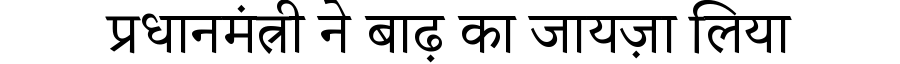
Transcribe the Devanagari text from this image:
प्रधानमंत्री ने बाढ़ का जायज़ा लिया